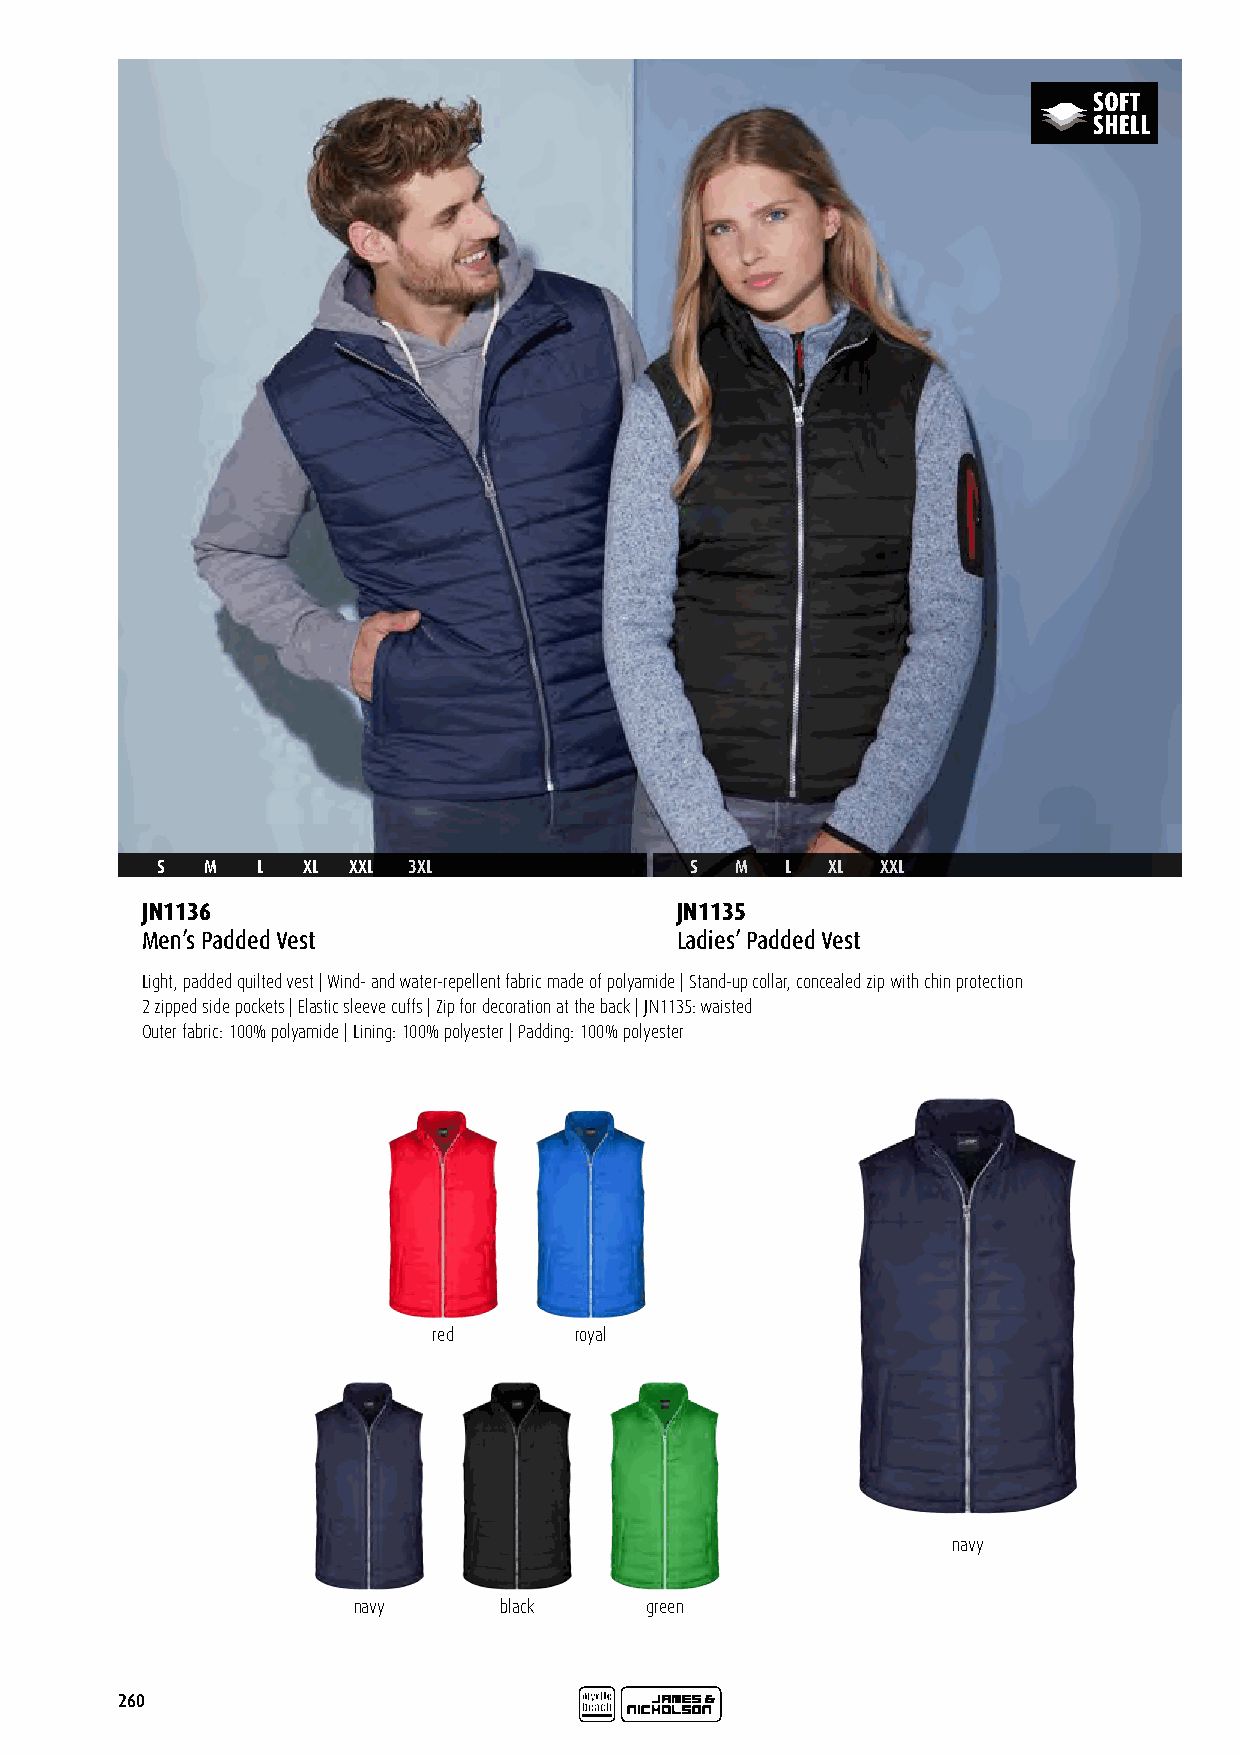
S   M  L  XL XXL 3XL                S  M  L  XL XXL
 JN1136                              JN1135
 Men’s Padded Vest                   Ladies’ Padded Vest
 Light, padded quilted vest | Wind- and water-repellent fabric made of polyamide | Stand-up collar, concealed zip with chin protection
 2 zipped side pockets | Elastic sleeve cuffs | Zip for decoration at the back | JN1135: waisted
 Outer fabric: 100% polyamide | Lining: 100% polyester | Padding: 100% polyester
 red      royal
 navy
 navy      black     green
 260